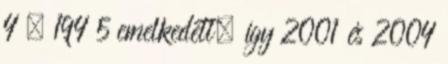
4 . 194 5 emelkedett, így 2001 és 2004